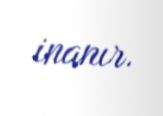
inanır.